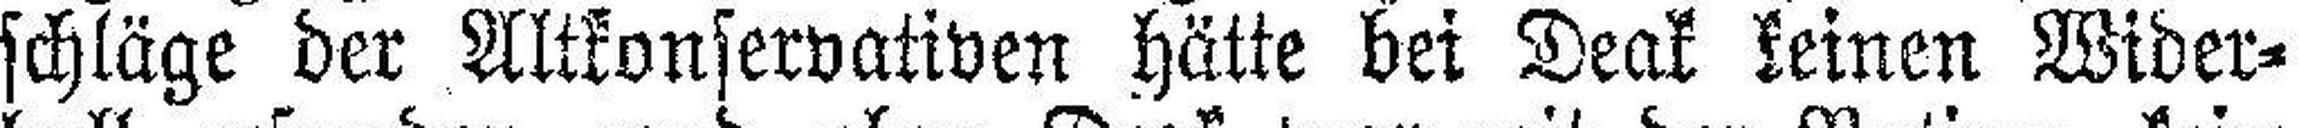
schläge der Altkonservativen hätte bei Deak keinen Wider¬